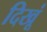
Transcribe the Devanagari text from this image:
दिखूं